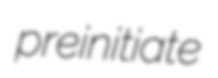
preinitiate